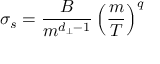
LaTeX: \sigma _ { s } = \frac { B } { m ^ { d _ { \perp } - 1 } } \left( \frac { m } { T } \right) ^ { q }